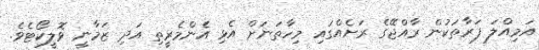
އަމިއްލަ ފަރާތަކުން ރާއްޖޭގެ ރަށެއްގައި މިހާތަނަށް އެޅި އެންމެރީތި އަދި ޒަމާނީ ވޮލީކޯޓެވެ.